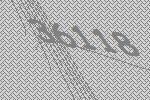
36118